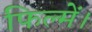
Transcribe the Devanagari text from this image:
फिल्में।